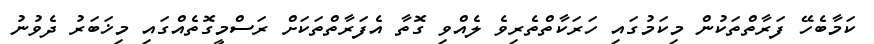
ކަމާބެހޭ ފަރާތްތަކުން މިކަމުގައި ހަރަކާތްތެރިވެ ލެއްވި ގޮތާ އެފަރާތްތަކަށް ރަސްމީގޮތެއްގައި މިޚަބަރު ދެވުނު